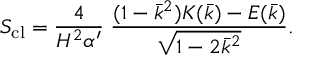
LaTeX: S _ { \mathrm { c l } } = \frac { 4 } { H ^ { 2 } \alpha ^ { \prime } } \; \frac { ( 1 - \bar { k } ^ { 2 } ) K ( \bar { k } ) - E ( \bar { k } ) } { \sqrt { 1 - 2 \bar { k } ^ { 2 } } } .